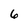
Character: 6